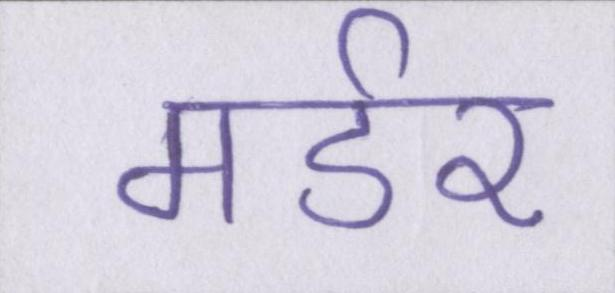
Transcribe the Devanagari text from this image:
मर्डर